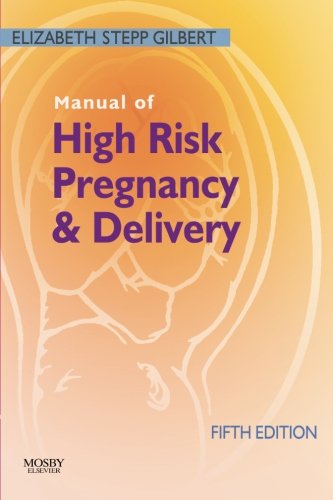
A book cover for Manual of High Risk Pregnancy and Delivery, 5e (Manual of High Risk Pregnancy & Delivery); Elizabeth S. Gilbert RNC  MS  FNPc; Medical Books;